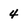
Character: 4